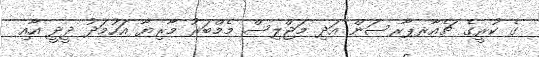
ގެ ކުރީގެ ޗެއާރޕާރސަން އަދި މަޖްލިސް މެމްބަރު މާރިޔާ އަހުމަދު ދީދީ އާއި